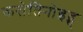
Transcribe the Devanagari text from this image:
करोतिनोइद्स्